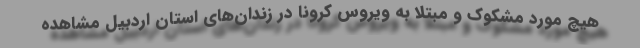
هیچ مورد مشکوک و مبتلا به ویروس کرونا در زندان‌های استان اردبیل مشاهده